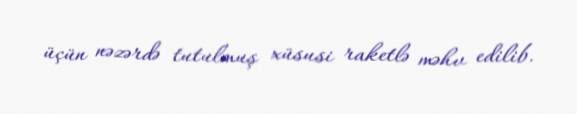
üçün nəzərdə tutulmuş xüsusi raketlə məhv edilib.